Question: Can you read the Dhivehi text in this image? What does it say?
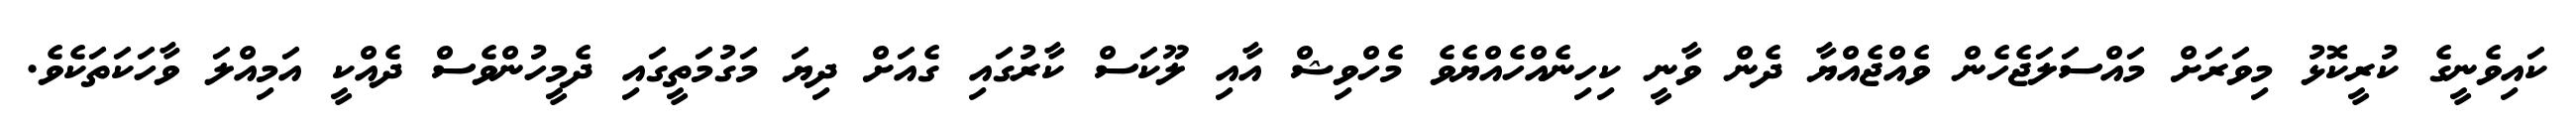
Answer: ކައިވެނީގެ ކުރީކޮޅު މިވަރަށް މައްސަލަޖެހެން ވެއްޖެއްޔާ ދެން ވާނީ ކިހިނެއްހެއްޔެވެ މެހްވިޝް އާއި ލޫކަސް ކާރުގައި ގެއަށް ދިޔަ މަގުމަތީގައި ދެމީހުންވެސް ދެއްކީ އަމިއްލަ ވާހަކަތަކެވެ.